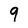
Character: 9